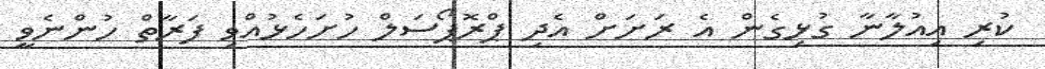
ކުރި އިއުލާނާ ގުޅިގެން އެ ރަށަށް އެދި ޕްރޮޕޯސަލް ހުށަހެޅުއްވި ފަރާތް ހުންނެވީ